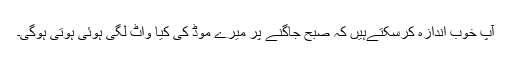
آپ خوب اندازہ کرسکتےہیں کہ صبح جاگنے پر میرے موڈ کی کیا واٹ لگی ہوئی ہوتی ہوگی۔